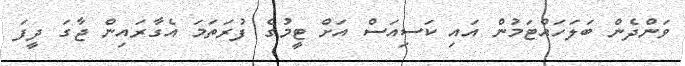
ވަންދެން ބަލަހައްޓަމުން އައި ކަސިއަސް އަށް ޓީމުގެ ފުރަތަމަ އެގާރައިން ޖާގަ ދީފަ